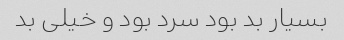
بسیار بد بود سرد بود و خیلی بد